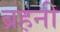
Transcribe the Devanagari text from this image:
ब्रहनी